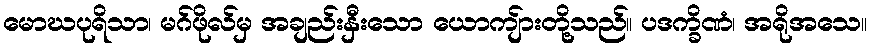
မောဃပုရိသာ၊ မဂ်ဖိုလ်မှ အချည်းနှီးသော ယောကျ်ားတို့သည်။ ပဒက္ခိဏံ၊ အရိုအသေ။